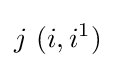
j~(i,i^{1})